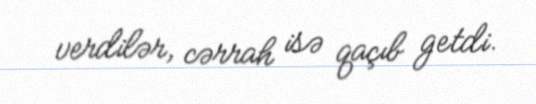
verdilər, cərrah isə qaçıb getdi.